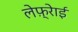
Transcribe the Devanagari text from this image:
लेफ़्रेाई